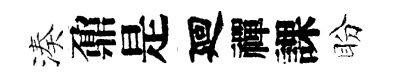
湊鼐是廻禪課盼